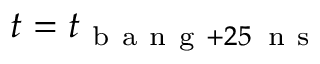
t = t _ { \mathrm { ~ b ~ a ~ n ~ g ~ } + 2 5 \, \mathrm { ~ n ~ s ~ } }